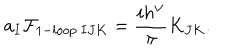
a _ { I } { \cal F } _ { 1 - l o o p \ I J K } = { \frac { i h ^ { \vee } } { \pi } } K _ { J K } .